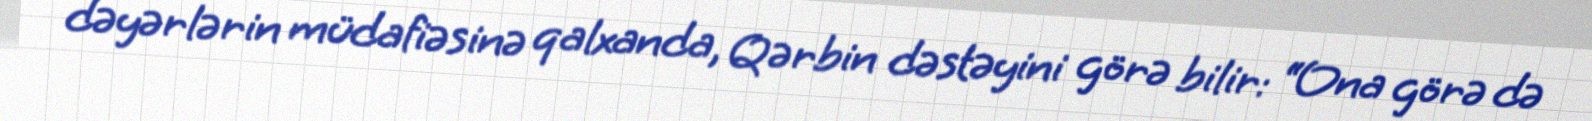
dəyərlərin müdafiəsinə qalxanda, Qərbin dəstəyini görə bilir: “Ona görə də